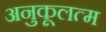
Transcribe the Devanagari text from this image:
अनुकूलत्म